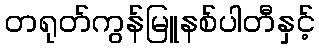
တရုတ်ကွန်မြူနစ်ပါတီနှင့်